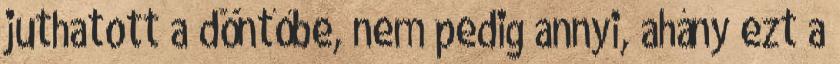
juthatott a döntőbe, nem pedig annyi, ahány ezt a